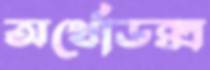
অর্থোডক্স